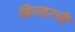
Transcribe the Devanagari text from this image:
बिल्डरची